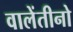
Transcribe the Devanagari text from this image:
वालेंतीनो